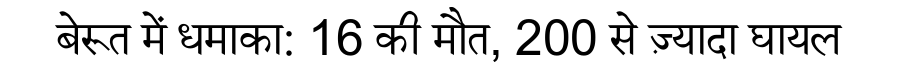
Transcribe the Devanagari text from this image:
बेरूत में धमाका: 16 की मौत, 200 से ज़्यादा घायल